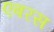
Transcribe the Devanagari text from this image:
एबरस